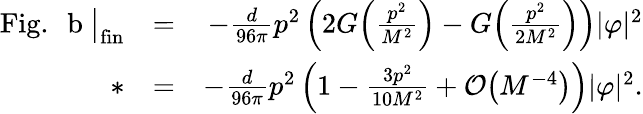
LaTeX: \begin{array}{rlr}{\mathrm{Fig.~~b~}\big|_{\mathrm{fin}}}&{=}&{-\frac d{96\pi}p^{2}\left(2G\Big(\frac{p^{2}}{M^{2}}\Big)-G\Big(\frac{p^{2}}{2M^{2}}\Big)\right)|\varphi|^{2}}\\ {*}&{=}&{-\frac{d}{96\pi}p^{2}\left(1-\frac{3p^{2}}{10M^{2}}+{\cal O}\big(M^{-4}\big)\right)|\varphi|^{2}.}\end{array}